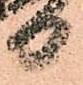
日